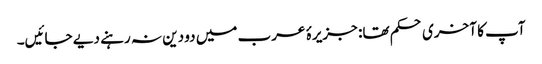
آپ کا آخری حکم تھا: جزیرۂ عرب میں دو دین نہ رہنے دیے جائیں۔